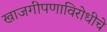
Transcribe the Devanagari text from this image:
खाजगीपणाविरोधीचे